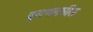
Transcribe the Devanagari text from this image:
दमणमधील